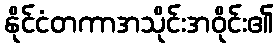
နိုင်ငံတကာအသိုင်းအဝိုင်း၏